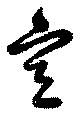
宣